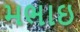
મભાઇ